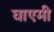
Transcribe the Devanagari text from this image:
घाएमी